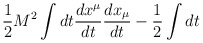
\begin{align*}\frac{1}{2}M^2\int dt \frac{dx^{\mu}}{dt}\frac{dx_{\mu}}{dt} - \frac{1}{2}\int dt\end{align*}